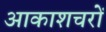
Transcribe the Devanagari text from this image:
आकाशचरों